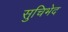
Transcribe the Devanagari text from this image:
सुचिभेद